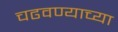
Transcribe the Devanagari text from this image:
चढवण्याच्या